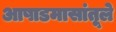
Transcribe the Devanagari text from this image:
आषाडमासांतूले